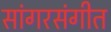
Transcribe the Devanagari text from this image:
सांगरसंगीत